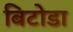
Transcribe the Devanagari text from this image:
बिटोडा